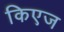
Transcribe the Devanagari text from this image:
किएज